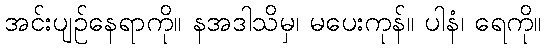
အင်းပျဉ်နေရာကို။ နအဒါသိမှ၊ မပေးကုန်။ ပါနံ၊ ရေကို။